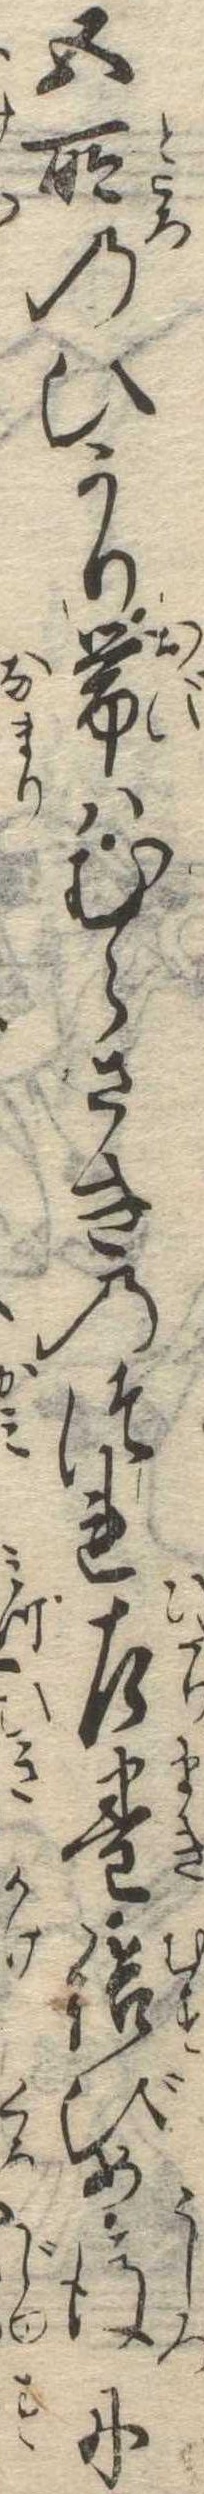
五所のひかり帯はむらさきのつれ左巻結びめ後に